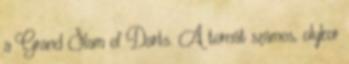
a Grand Slam of Darts. A tornát számos, olykor